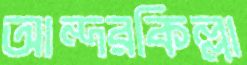
আন্দরকিল্লা